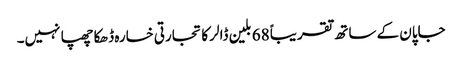
جاپان کے ساتھ تقریباً 68 بلین ڈالر کا تجارتی خسارہ ڈھکا چھپا نہیں۔